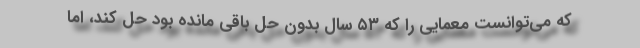
که می‌توانست معمایی را که ۵۳ سال بدون حل باقی مانده بود حل کند، اما